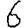
Digit: 6